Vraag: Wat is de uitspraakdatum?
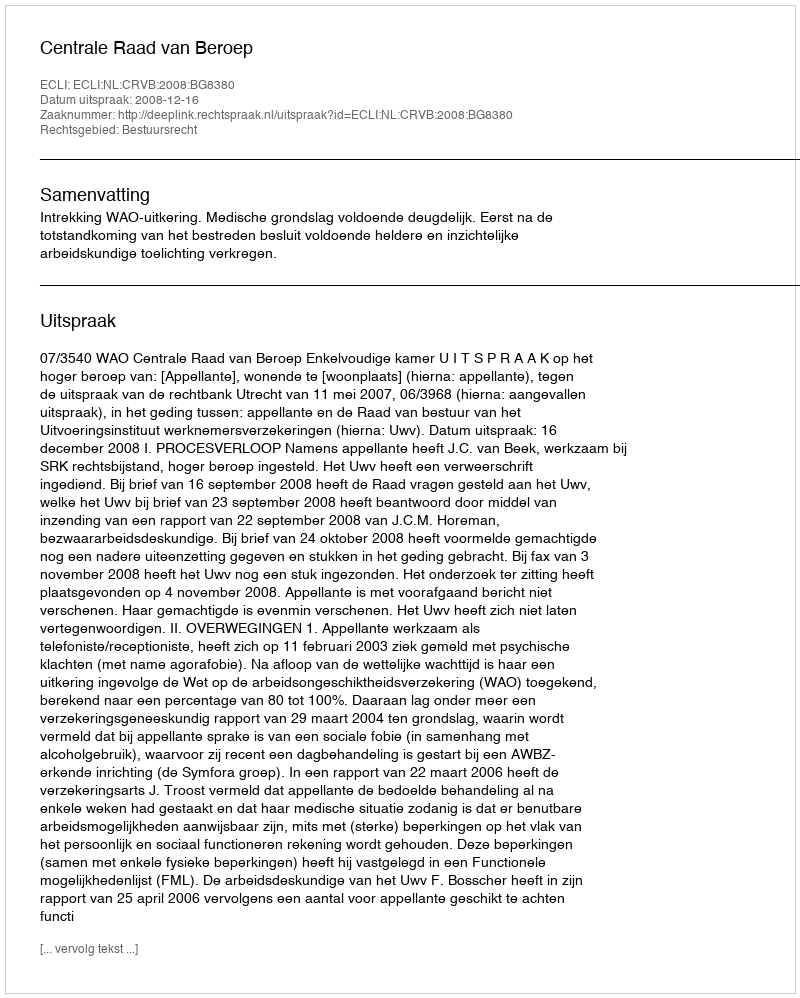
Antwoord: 2008-12-16